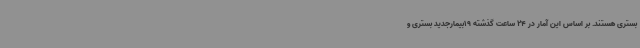
بستری هستند. بر اساس این آمار در 24 ساعت گذشته 19بیمارجدید بستری و